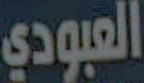
العبودي